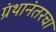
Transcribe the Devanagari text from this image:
ग्रंथानंतरचा